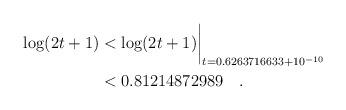
LaTeX: \begin{align*}\log(2t+1) & < \log(2t+1)\biggr\rvert_{t=0.6263716633 + 10^{-10}} \\& < 0.81214872989 \quad. \end{align*}